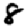
Digit: 8